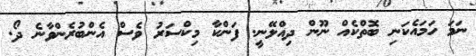
ނަމަ ހަމައެކަނި ބޮތްކެއް ނޫން ދިއްލޭނީ. ފަންކާ މިކްސަރު ވެސް އެންބުރެންވާނެ ދޯ.